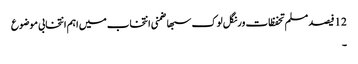
12 فیصد مسلم تحفظات ورنگل لوک سبھا ضمنی انتخاب میں اہم انتخابی موضوع
۔